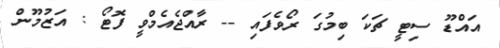
އައްޑޫ ސިޓީ ޗަކަ ބިމުގަ ރޯވެފައި -- ރާއްޖެއެމްވީ ފޮޓޯ : އަޒުމޫން